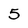
Character: 5